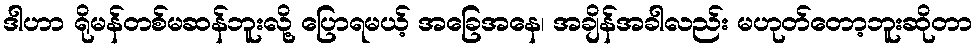
ဒါဟာ ရိုမန်တစ်မဆန်ဘူးလို့ ပြောရမယ့် အခြေအနေ၊ အချိန်အခါလည်း မဟုတ်တော့ဘူးဆိုတာ